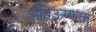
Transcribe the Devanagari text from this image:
अतिऊष्णता